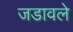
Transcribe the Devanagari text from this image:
जडावले